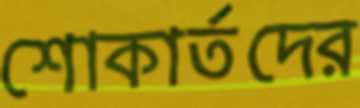
শোকার্তদের